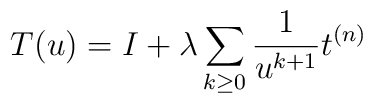
T(u) = I + \lambda \sum_{k \geq 0} \frac{1}{u^{k+1}}t^{(n)}